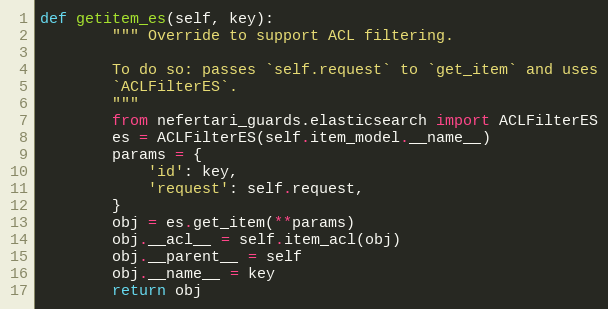
Language: Python
def getitem_es(self, key):
        """ Override to support ACL filtering.

        To do so: passes `self.request` to `get_item` and uses
        `ACLFilterES`.
        """
        from nefertari_guards.elasticsearch import ACLFilterES
        es = ACLFilterES(self.item_model.__name__)
        params = {
            'id': key,
            'request': self.request,
        }
        obj = es.get_item(**params)
        obj.__acl__ = self.item_acl(obj)
        obj.__parent__ = self
        obj.__name__ = key
        return obj